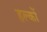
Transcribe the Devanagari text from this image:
हल्कों